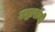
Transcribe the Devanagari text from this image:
उद्गारांनी